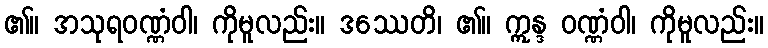
၏။ အသုရဝဏ္ဏံဝါ၊ ကိုမူလည်း။ ဒဿေတိ၊ ၏။ ဣန္ဒ ဝဏ္ဏံဝါ၊ ကိုမူလည်း။